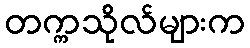
တက္ကသိုလ်များက